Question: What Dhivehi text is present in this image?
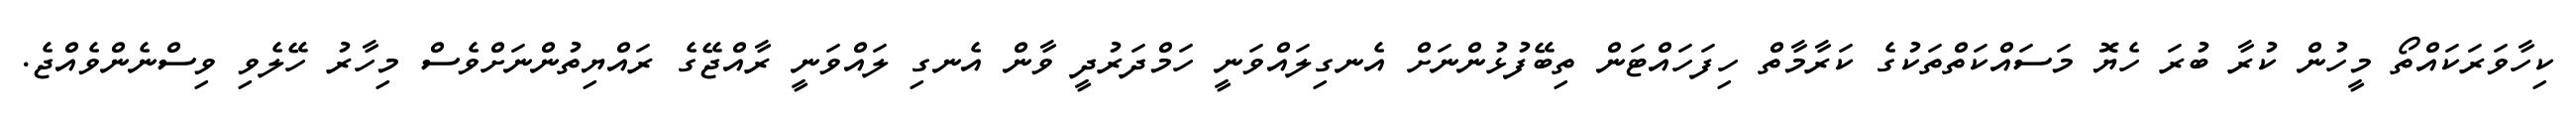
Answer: ކިހާވަރަކައްތޯ މީހުން ކުރާ ބުރަ ހެޔޮ މަސައްކަތްތަކުގެ ކަރާމާތް ހިފަހައްޓަން ތިބޭފުޅުންނަށް އެނގިލައްވަނީ ހަމްދަރުދީ ވާން އެނގި ލައްވަނީ ރާއްޖޭގެ ރައްޔިތުންނަށްވެސް މިހާރު ހޭލެވި ވިސްނެންވެއްޖެ.